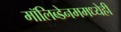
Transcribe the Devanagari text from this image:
मॉलिब्डेनममध्येही